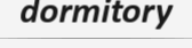
dormitory